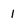
Character: 1